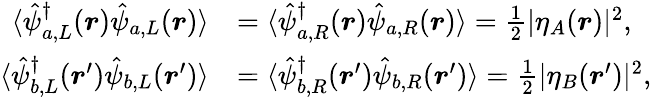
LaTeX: \begin{array}{rl}{\langle\hat{\psi}_{a,L}^{\dagger}(\boldsymbol{r})\hat{\psi}_{a,L}(\boldsymbol{r})\rangle}&{=\langle\hat{\psi}_{a,R}^{\dagger}(\boldsymbol{r})\hat{\psi}_{a,R}(\boldsymbol{r})\rangle=\frac{1}{2}|\eta_{A}(\boldsymbol{r})|^{2},}\\ {\langle\hat{\psi}_{b,L}^{\dagger}(\boldsymbol{r}^{\prime})\hat{\psi}_{b,L}(\boldsymbol{r}^{\prime})\rangle}&{=\langle\hat{\psi}_{b,R}^{\dagger}(\boldsymbol{r}^{\prime})\hat{\psi}_{b,R}(\boldsymbol{r}^{\prime})\rangle=\frac{1}{2}|\eta_{B}(\boldsymbol{r}^{\prime})|^{2},}\end{array}